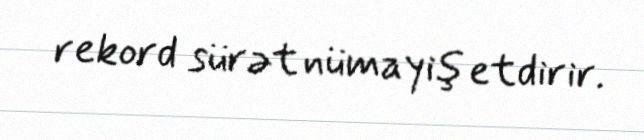
rekord sürət nümayiş etdirir.